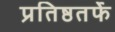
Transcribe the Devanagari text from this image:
प्रतिष्ठतर्फे